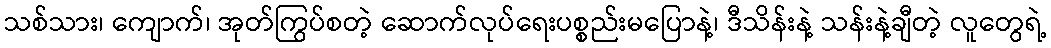
သစ်သား၊ ကျောက်၊ အုတ်ကြွပ်စတဲ့ ဆောက်လုပ်ရေးပစ္စည်းမပြောနဲ့၊ ဒီသိန်းနဲ့ သန်းနဲ့ချီတဲ့ လူတွေရဲ့